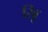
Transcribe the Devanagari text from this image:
रिबू